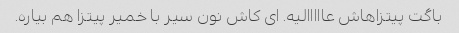
باگت پیتزاهاش عااااالیه. ای کاش نون سیر با خمیر پیتزا هم بیاره.